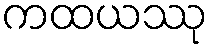
ကထယဿု